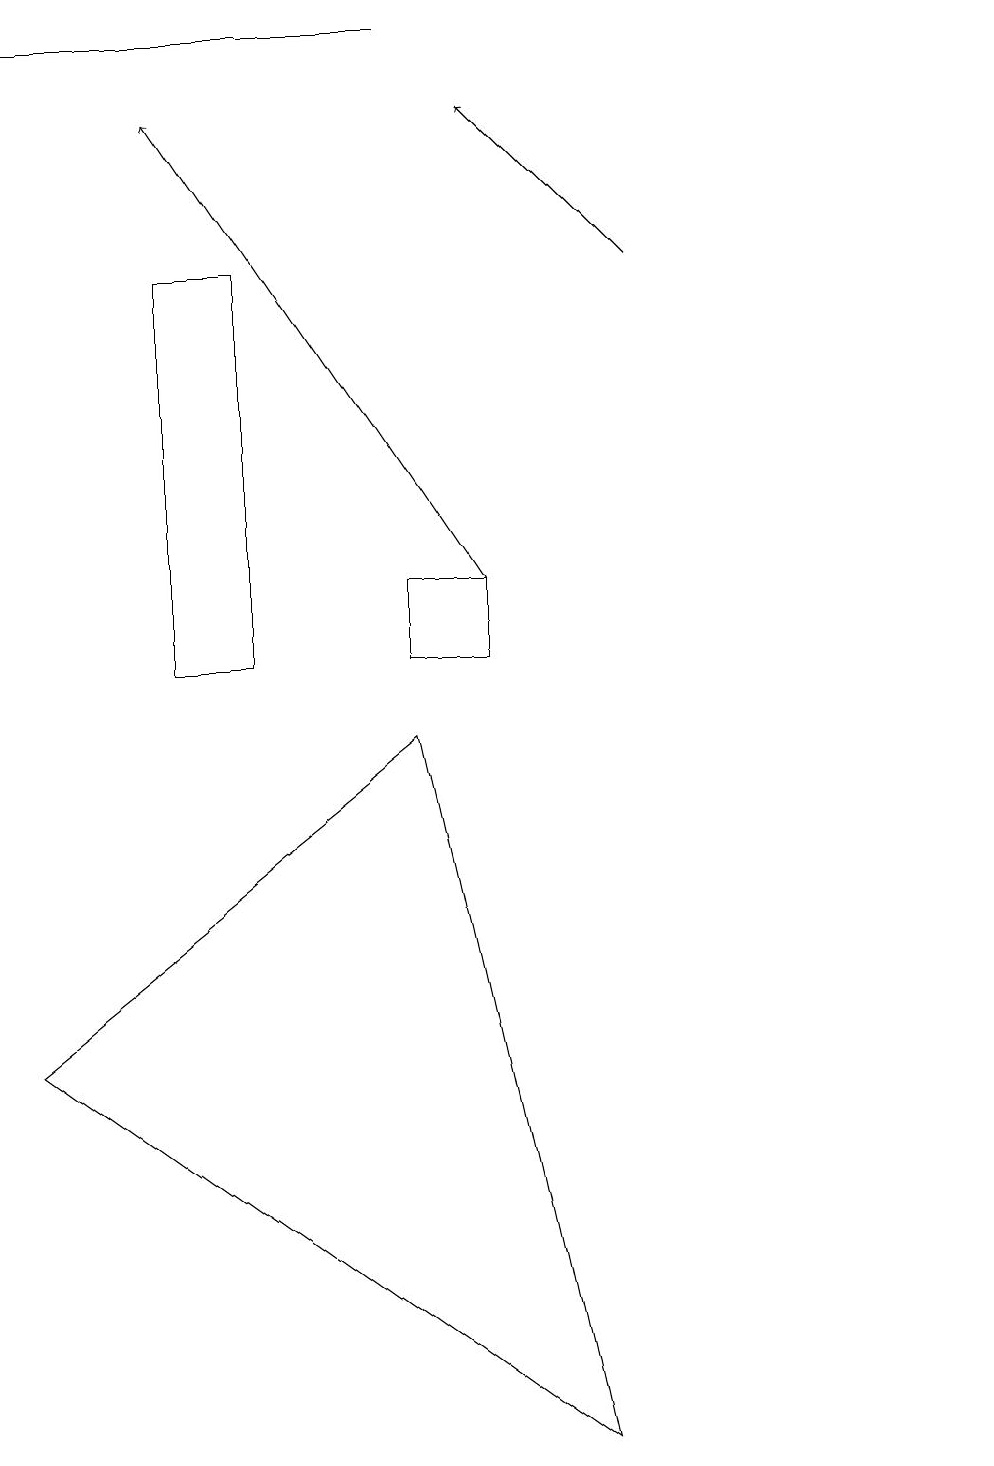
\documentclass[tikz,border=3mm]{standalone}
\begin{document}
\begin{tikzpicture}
\draw[->] (8,15) -- (6,17);
\draw (7,0) -- (5,9) -- (0,5) -- cycle;
\draw[->] (6,11) -- (2,17);
\draw (0,18) rectangle (5,18);
\draw (5,11) rectangle (6,10);
\draw (2,10) rectangle (3,15);
\draw (12,10) circle (0);
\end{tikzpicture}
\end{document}